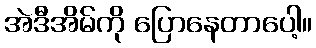
အဲဒီအိမ်ကို ပြောနေတာပေါ့။